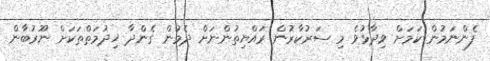
ފެންނަމުން ކަމަށް ވިދާޅުވެ މި ސަރުކާރުން ރައްޔިތުންނަށް ދެމުން ގެންދާ ޚިދުމަތްތަކަށް ނޫރުބާން